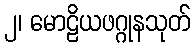
၂၊ မောဠိယဖဂ္ဂုနသုတ်